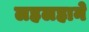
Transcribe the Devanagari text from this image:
लहलहाने